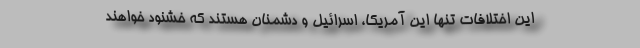
این اختلافات تنها این آمریکا، اسرائیل و دشمنان هستند که خشنود خواهند